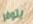
يتوفر